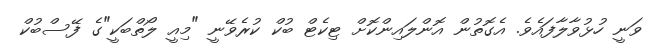
ވަނީ ހުޅުވާލާފައެވެ. އެގޮތުން އޮންލައިންކޮށް ޓިކެޓް ބުކް ކުރެވޭނީ "މިއީ ލޯތްބަކީ"ގެ ފޭސްބުކް